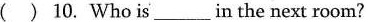
( ) 10. Who is_in the next room?